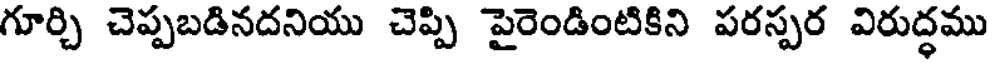
గూర్చి చెప్పబడినదనియు చెప్పి పైరెండింటికిని పరస్పర విరుద్ధము